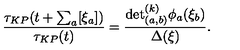
\frac { \tau _ { K P } ( t + \sum _ { a } [ \xi _ { a } ] ) } { \tau _ { K P } ( t ) } = \frac { { \det } _ { ( a , b ) } ^ { ( k ) } \phi _ { a } ( \xi _ { b } ) } { \Delta ( \xi ) } .